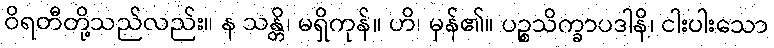
ဝိရတီတို့သည်လည်း။ န သန္တိ၊ မရှိကုန်။ ဟိ၊ မှန်၏။ ပဉ္စသိက္ခာပဒါနိ၊ ငါးပါးသော